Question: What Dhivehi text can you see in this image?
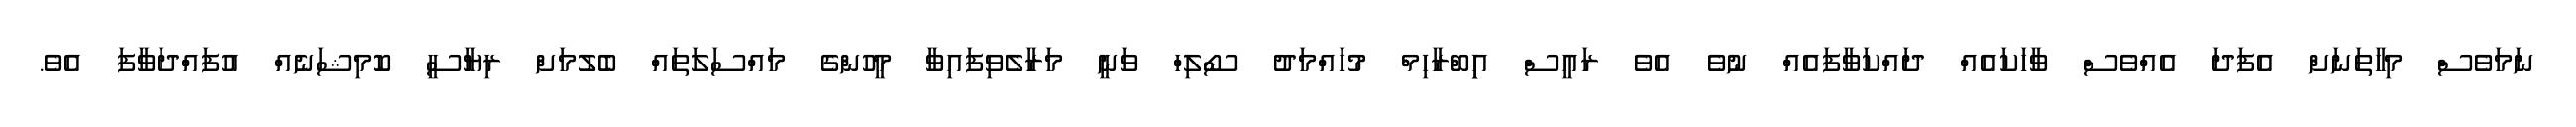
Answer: ނަމަވެސް މިހާތަނަށް އެފަދަ އެއްވެސް ވާހަކައެއް ދައްކަވާފައެއް ނުވެ އެވެ ރައީސް އިިބްރާހިމް މުހައްމަދު ސޯލިހް ވަނީ މަރާލެވިފައިވާ މީހުންގެ މައްސަލަތައް ބެލުމަށް ރިޔާސީ ކޮމިޝަނެއް އުފައްދަވާފަ އެވެ.